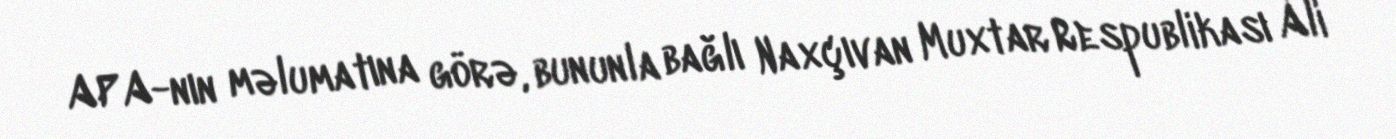
APA-nın məlumatına görə, bununla bağlı Naxçıvan Muxtar Respublikası Ali